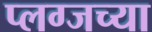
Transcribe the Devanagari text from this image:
प्लग्जच्या